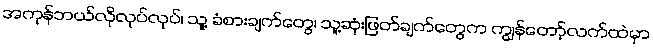
အကုန်ဘယ်လိုလုပ်လုပ်၊ သူ့ ခံစားချက်တွေ၊ သူ့ဆုံးဖြတ်ချက်တွေက ကျွန်တော့်လက်ထဲမှာ